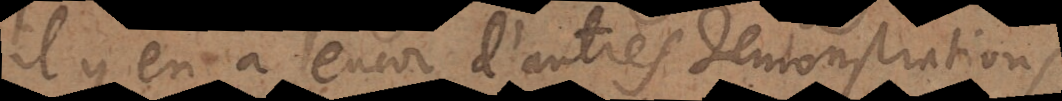
Il y en a encore d’autres demonstrations